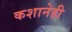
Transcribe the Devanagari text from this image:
कशानेही